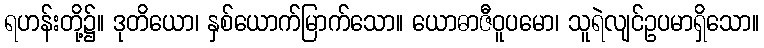
ရဟန်းတို့၌။ ဒုတိယော၊ နှစ်ယောက်မြာက်သော။ ယောဓာဇီဝူပမော၊ သူရဲလျင်ဥပမာရှိသော။